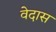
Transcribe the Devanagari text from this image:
वेदास